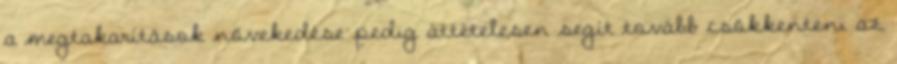
a megtakarítások növekedése pedig áttételesen segít tovább csökkenteni az